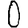
Digit: 0